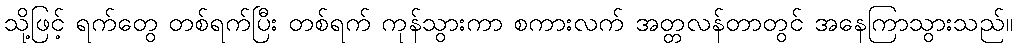
သို့ဖြင့် ရက်တွေ တစ်ရက်ပြီး တစ်ရက် ကုန်သွားကာ စကားလက် အတ္တလန်တာတွင် အနေကြာသွားသည်။